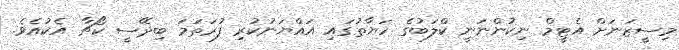
މިސީޒަނަށް އެޓީމް ނިކުންނަނީ ކްލަބުގެ ހަޔާތުގައި އައްޔަނުކުރި ފުރަތަމަ ބިދޭސީ ކޯޗާ އެކުއެވެ.